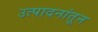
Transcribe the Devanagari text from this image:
उत्पादनांतून